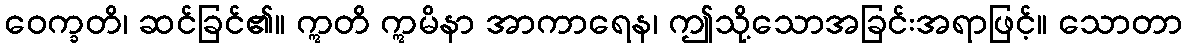
ဝေက္ခတိ၊ ဆင်ခြင်၏။ ဣတိ ဣမိနာ အာကာရေန၊ ဤသို့သောအခြင်းအရာဖြင့်။ သောတာ